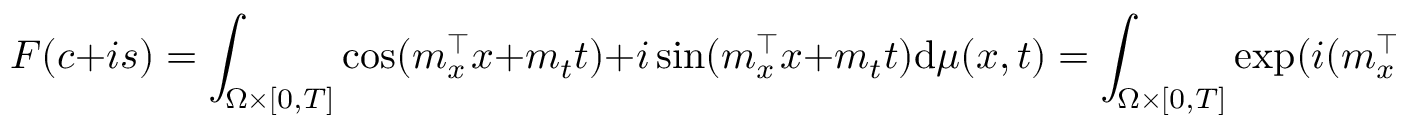
F ( c + i s ) = \int _ { \Omega \times [ 0 , T ] } \cos ( \boldsymbol { m } _ { x } ^ { \top } \boldsymbol { x } + m _ { t } t ) + i \sin ( \boldsymbol { m } _ { x } ^ { \top } \boldsymbol { x } + m _ { t } t ) \mathrm { d } \mu ( x , t ) = \int _ { \Omega \times [ 0 , T ] } \exp ( i ( \boldsymbol { m } _ { x } ^ { \top } \boldsymbol { x } + m _ { t } t ) ) \mathrm { d } \mu ( \boldsymbol { m } , t ) = 0